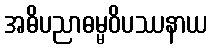
အဓိပညာဓမ္မဝိပဿနာယ